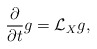
\begin{align*}\frac{\partial}{\partial t}g=\mathcal{L}_Xg,\end{align*}